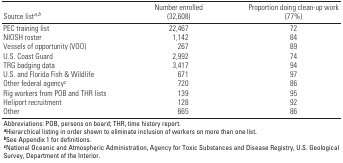
<table><thead><tr><td><b>Source list<sup><i>a,b</i></sup></b></td><td><b>Number enrolled (32,608)</b></td><td><b>Proportion doing clean-up work (77%)</b></td></tr></thead><tbody><tr><td><b>PEC training list</b></td><td>22,467</td><td>72</td></tr><tr><td><b>NIOSH roster</b></td><td>1,142</td><td>84</td></tr><tr><td><b>Vessels of opportunity (VOO)</b></td><td>267</td><td>89</td></tr><tr><td><b>U.S. Coast Guard</b></td><td>2,992</td><td>74</td></tr><tr><td><b>TRG badging data</b></td><td>3,417</td><td>94</td></tr><tr><td><b>U.S. and Florida Fish &amp; Wildlife</b></td><td>671</td><td>97</td></tr><tr><td><b>Other federal agency<sup><i>c</i></sup></b></td><td>720</td><td>86</td></tr><tr><td><b>Rig workers from POB and THR lists</b></td><td>139</td><td>95</td></tr><tr><td><b>Heliport recruitment</b></td><td>128</td><td>92</td></tr><tr><td><b>Other</b></td><td>665</td><td>86</td></tr><tr><td colspan="3">Abbreviations: POB, persons on board; THR, time history report. <sup><i><b>a</b></i></sup>Hierarchical listing in order shown to eliminate inclusion of workers on more than one list. <sup><i><b>b</b></i></sup>See Appendix 1 for definitions. <sup><i><b>c</b></i></sup>National Oceanic and Atmospheric Administration, Agency for Toxic Substances and Disease Registry, U.S. Geological Survey, Department of the Interior. </td></tr></tbody></table>